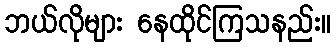
ဘယ်လိုများ နေထိုင်ကြသနည်း။